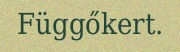
Függőkert.